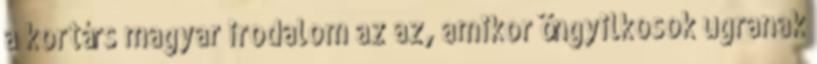
a kortárs magyar irodalom az az, amikor öngyilkosok ugranak